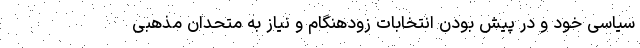
سیاسی خود و در پیش بودن انتخابات زودهنگام و نیاز به متحدان مذهبی